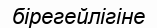
бірегейлігіне